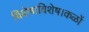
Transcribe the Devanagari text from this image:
विशेषाविशेष।कळों